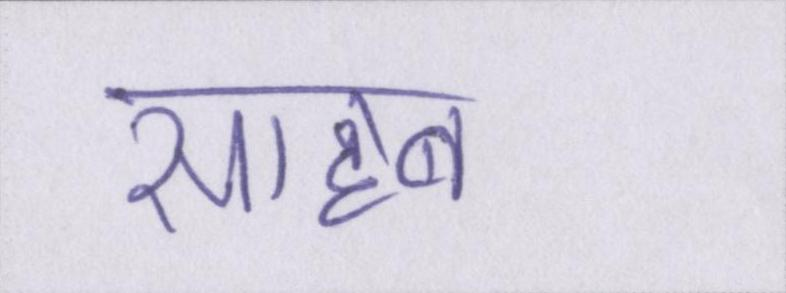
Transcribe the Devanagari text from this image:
साहब।